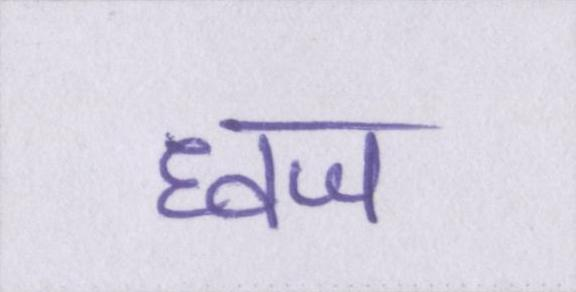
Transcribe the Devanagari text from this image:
ध्वज